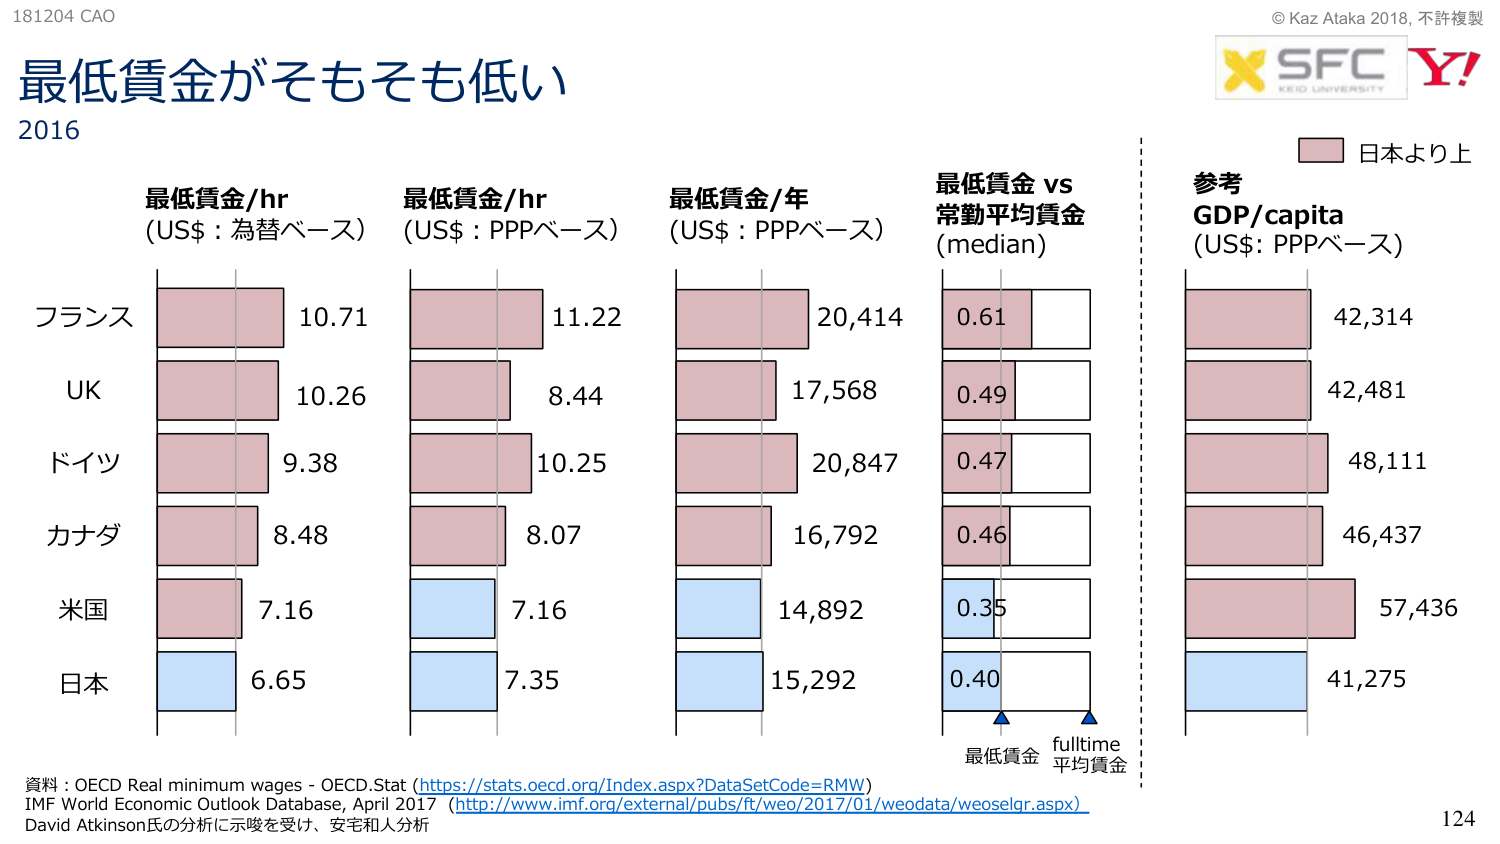
181204 CAO
最低賃金がそもそも低い
2016

最低賃金/hr
(US$：為替ベース)
フランス 10.71
UK 10.26
ドイツ 9.38
カナダ 8.48
米国 7.16
日本 6.65

最低賃金/hr
(US$：PPPベース)
11.22
8.44
10.25
8.07
7.16
7.35

最低賃金/年
(US$：PPPベース)
20,414
17,568
20,847
16,792
14,892
15,292

最低賃金 vs
常勤平均賃金
(median)
0.61
0.49
0.47
0.46
0.35
0.40

最低賃金
fulltime
平均賃金

参考
GDP/capita
(US$：PPPベース)
42,314
42,481
48,111
46,437
57,436
41,275

日本より上

資料：OECD Real minimum wages - OECD.Stat (https://stats.oecd.org/Index.aspx?DataSetCode=RMW)
IMF World Economic Outlook Database, April 2017 (http://www.imf.org/external/pubs/ft/weo/2017/01/weodata/weoselgr.aspx)
David Atkinson氏の分析に示唆を受け、安宅和人分析

© Kaz Ataka 2018, 不許複製
X SFC
KEIO UNIVERSITY
Y!

124